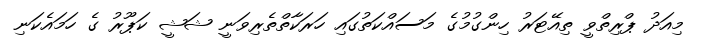
މިއަދު ޕްރިތްވީ ތިއޭޓަރު ހިންގުމުގެ މަސައްކަތުގައި ހަރަކާތްތެރިވަނީ ޝަޝީ ކަޕޫރު ގެ ހަމައެކަނި